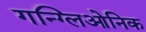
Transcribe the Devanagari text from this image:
गन्ग्लिओनिक